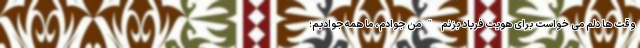
وقت ها دلم می خواست برای هویت فریاد بزنم "من جوادم، ما همه جوادیم؛